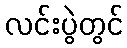
လင်းပွဲတွင်